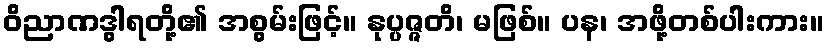
ဝိညာဏဒွါရတို့၏ အစွမ်းဖြင့်။ နုပ္ပဇ္ဇတိ၊ မဖြစ်။ ပန၊ အဖို့တစ်ပါးကား။